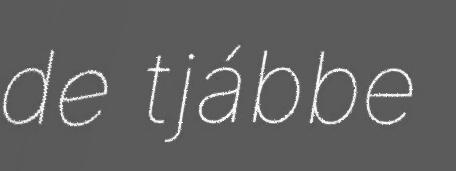
de tjábbe